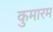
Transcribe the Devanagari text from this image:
कुमारम